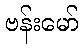
ဗန်းမော်